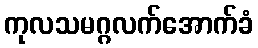
ကုလသမဂ္ဂလက်အောက်ခံ